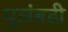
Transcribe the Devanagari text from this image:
पुलंबडी